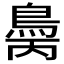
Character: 𲍝